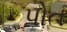
પોત